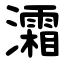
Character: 灀